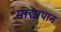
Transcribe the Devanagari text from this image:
माद्यापान